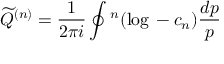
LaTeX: { \widetilde Q } ^ { ( n ) } = \frac { 1 } { 2 \pi i } \oint \L ^ { n } ( \log \L - c _ { n } ) \frac { d p } { p }